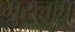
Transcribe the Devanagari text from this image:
मुस्लम